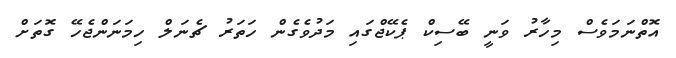
އޮތްނަމަވެސް މިހާރު ވަނީ ބޭސިކް ޕެކޭޖްގައި މަދުވެގެން ހަތަރު ޗެނަލް ހިމަނަންޖެހޭ ގޮތަށް